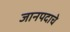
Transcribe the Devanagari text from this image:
जानपदाचे